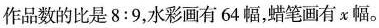
作品数的比是8:9，水彩画有64幅，蜡笔画有x幅。